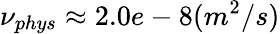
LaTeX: \nu_{phys}\approx 2.0e-8(m^{2}/s)